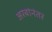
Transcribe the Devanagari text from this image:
अरबांनंतर